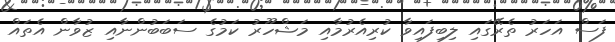
ފަސް އަހަރު ތެރޭގައި ލިބިފައިވާ ކުރިއެރުމާއި މަޝްހޫރު ކަމުގެ ސަބަބުންނާއި ޒުވާން އެތައް